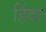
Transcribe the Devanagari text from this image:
हिंदा